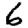
Digit: 6